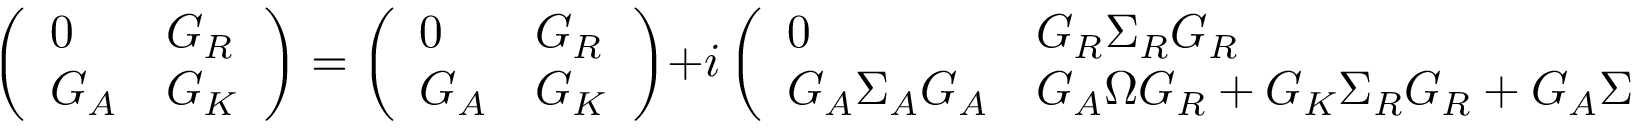
\left( \begin{array} { l l } { { 0 } } & { { { \cal G } _ { R } } } \\ { { { \cal G } _ { A } } } & { { { \cal G } _ { K } } } \end{array} \right) = \left( \begin{array} { l l } { { 0 } } & { { G _ { R } } } \\ { { G _ { A } } } & { { G _ { K } } } \end{array} \right) + i \left( \begin{array} { l l } { { 0 } } & { { G _ { R } \Sigma _ { R } { \cal G } _ { R } } } \\ { { G _ { A } \Sigma _ { A } { \cal G } _ { A } } } & { { G _ { A } \Omega { \cal G } _ { R } + G _ { K } \Sigma _ { R } { \cal G } _ { R } + G _ { A } \Sigma _ { A } { \cal G } _ { K } } } \end{array} \right) .